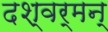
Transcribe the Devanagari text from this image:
दश्वर्मन्‌